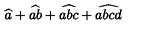
\widehat { a } + \widehat { a b } + \widehat { a b c } + \widehat { a b c d }